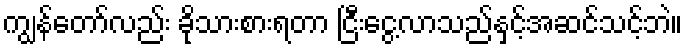
ကျွန်တော်လည်း ခိုသားစားရတာ ငြီးငွေ့လာသည်နှင့်အဆင်သင့်ဘဲ။